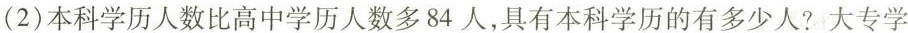
(2)本科学历人数比高中学历人数多84人，具有本科学历的有多少人?大专学